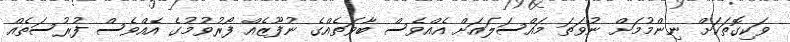
ވަކިގޮތަކަށް ނިންމުމަށް ނުވަތަ މައްސަލައަށް އެއްވެސް ބާވަތެއްގެ ނުފޫޒެއް ފޯރުވުމުގެ އެއްވެސް ފުރުސަތެއް